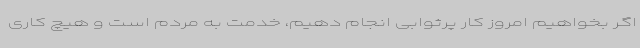
اگر بخواهیم امروز کار پرثوابی انجام دهیم، خدمت به مردم است و هیچ کاری